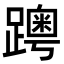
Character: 𨆗